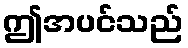
ဤအပင်သည်